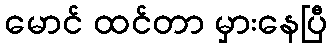
မောင် ထင်တာ မှားနေပြီ